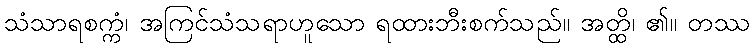
သံသာရစက္ကံ၊ အကြင်သံသရာဟူသော ရထားဘီးစက်သည်။ အတ္ထိ၊ ၏။ တဿ